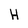
Character: H